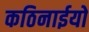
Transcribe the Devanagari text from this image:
कठिनाईयो